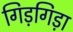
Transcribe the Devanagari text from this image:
गिड़गिड़ा